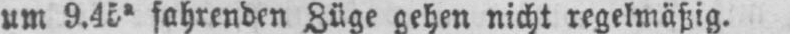
um 9.45a fahrenden Züge gehen nicht regelmäßig.